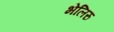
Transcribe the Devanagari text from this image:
भेलिरु